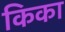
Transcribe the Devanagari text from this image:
किका